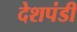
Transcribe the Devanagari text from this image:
देशपंडी